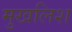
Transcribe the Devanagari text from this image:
मुखलिश